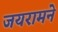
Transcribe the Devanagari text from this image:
जयरामने